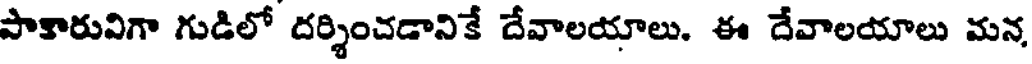
పాకారువిగా గుడిలో దర్శించడానికే దేవాలయాలు. ఈ దేవాలయాలు మన